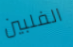
الفلبين